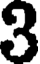
3